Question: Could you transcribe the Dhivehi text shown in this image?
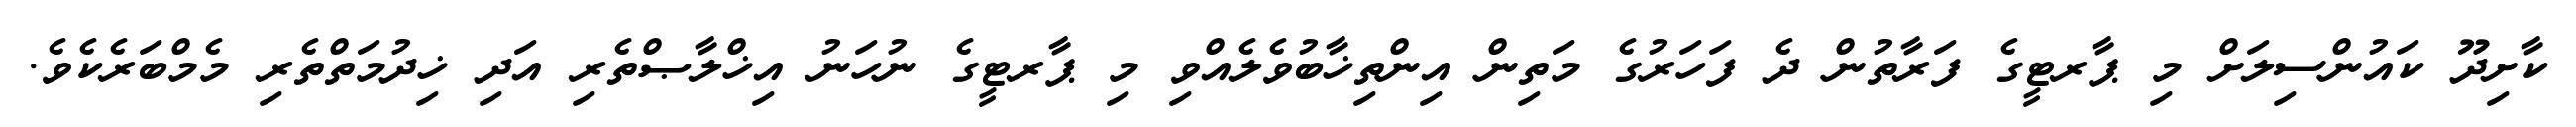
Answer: ކާށިދޫ ކައުންސިލަށް މި ޕާރޓީގެ ފަރާތުން ދެ ފަހަރުގެ މަތިން އިންތިޚާބުވެލެއްވި މި ޕާރޓީގެ ނުހަނު އިޚްލާޞްތެރި އަދި ޚިދުމަތްތެރި މެމްބަރެކެވެ.